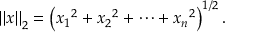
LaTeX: \left\| x \right\| _ { 2 } = \left( { x _ { 1 } } ^ { 2 } + { x _ { 2 } } ^ { 2 } + \dotsb + { x _ { n } } ^ { 2 } \right) ^ { 1 / 2 } .